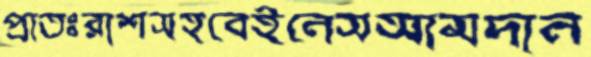
প্রাতঃরাশসহবেইনেসআমদান